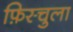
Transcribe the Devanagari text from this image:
फ़िस्चुला